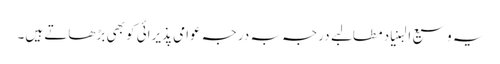
یہ وسیع البنیاد مطالبے درجہ بہ درجہ عوامی پذیرائی کو بھی بڑھاتے ہیں۔